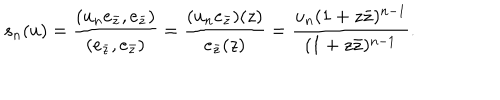
s _ { n } ( u ) = \frac { ( u _ { n } e _ { \bar { z } } , e _ { \bar { z } } ) } { ( e _ { \bar { z } } , e _ { \bar { z } } ) } = \frac { ( u _ { n } e _ { \bar { z } } ) ( z ) } { e _ { \bar { z } } ( z ) } = \frac { u _ { n } ( 1 + z \bar { z } ) ^ { n - 1 } } { ( 1 + z \bar { z } ) ^ { n - 1 } } .